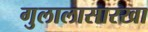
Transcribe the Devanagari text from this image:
गुलालासारखा